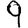
Digit: 9